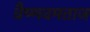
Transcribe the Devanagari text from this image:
वैष्णवमताज